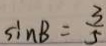
\sin B = \frac { 3 } { 5 }